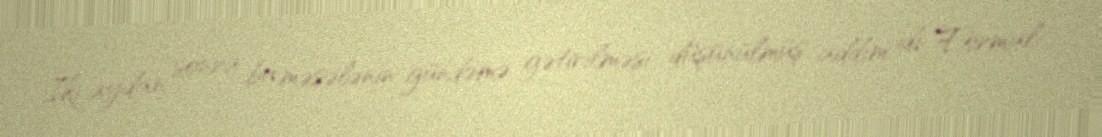
İki aydan sonra bu məsələnin gündəmə gətirilməsi düşünülmüş addım idi. Formal